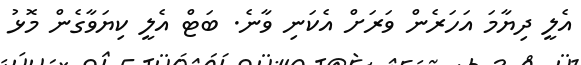
އެލީ ދިޔާމަ އަހަރެން ވަރަށް އެކަނި ވާނެ. ބަޓް އެލީ ކިޔަވާގެން މޮޅު